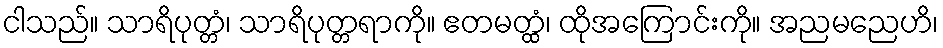
ငါသည်။ သာရိပုတ္တံ၊ သာရိပုတ္တရာကို။ ဧတမတ္ထံ၊ ထိုအကြောင်းကို။ အညမညေဟိ၊